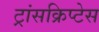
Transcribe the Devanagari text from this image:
ट्रांसक्रिप्टेस